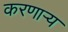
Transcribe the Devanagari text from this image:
करणार्‍य